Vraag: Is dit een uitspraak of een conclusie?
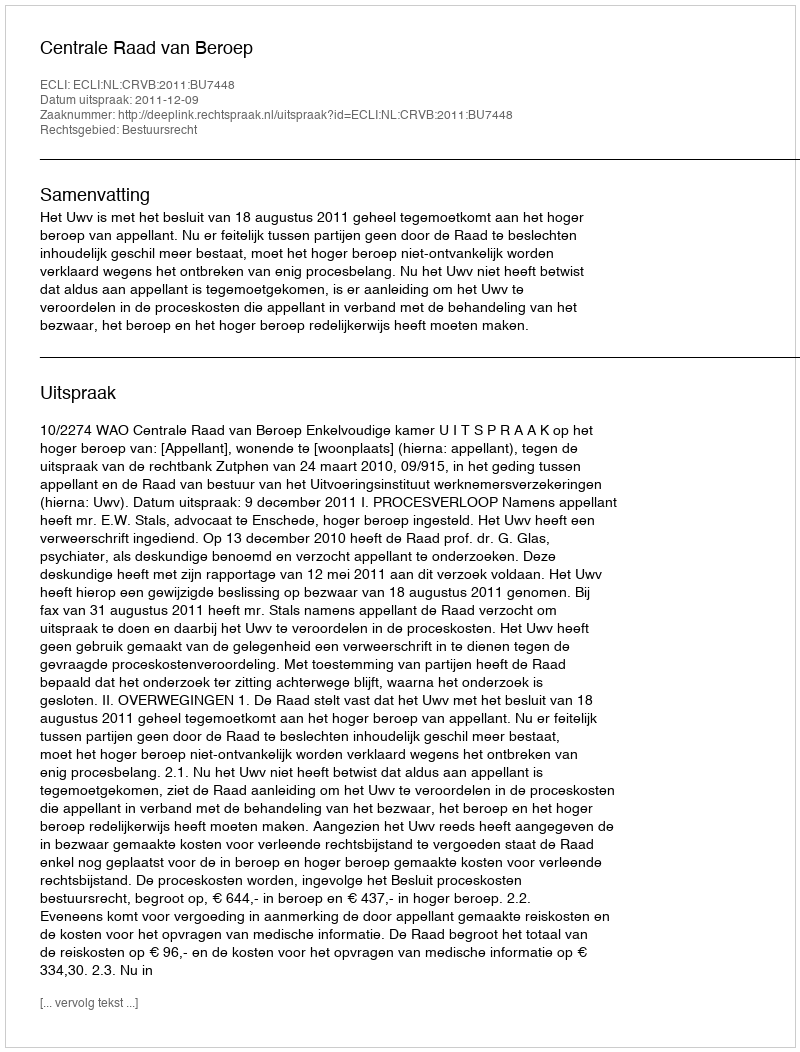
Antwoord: Uitspraak